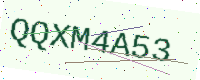
Text: QQXM4A53